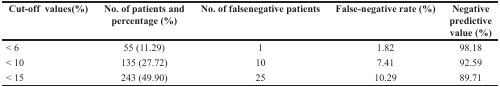
<table><thead><tr><td><b>Cut-off values(%)</b></td><td><b>No. of patients and percentage (%)</b></td><td><b>No. of falsenegative patients</b></td><td><b>False-negative rate (%)</b></td><td><b>Negative predictive value (%)</b></td></tr></thead><tbody><tr><td>&lt; 6</td><td>55 (11.29)</td><td>1</td><td>1.82</td><td>98.18</td></tr><tr><td>&lt; 10</td><td>135 (27.72)</td><td>10</td><td>7.41</td><td>92.59</td></tr><tr><td>&lt; 15</td><td>243 (49.90)</td><td>25</td><td>10.29</td><td>89.71</td></tr></tbody></table>